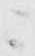
ニ